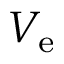
V _ { \mathrm { e } }